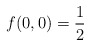
\begin{align*}f(0,0) = {1\over2}\end{align*}